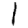
Digit: 1